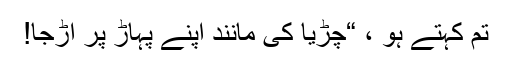
تم کہتے ہو ، “چڑیا کی مانند اپنے پہاڑ پر اڑجا!